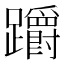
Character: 𨇺